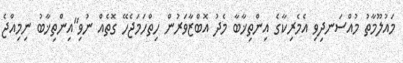
މައުލޫމާތު މުއްސަނދިވި އެމެރިކާގެ އިންތިޚާބާ މެދު އޮބްޒާވަރުން ހިތްހަމަޖެހޭ ގޮތެއް ނުވި"އިންތިޚާބު ނިމިއްޖެ